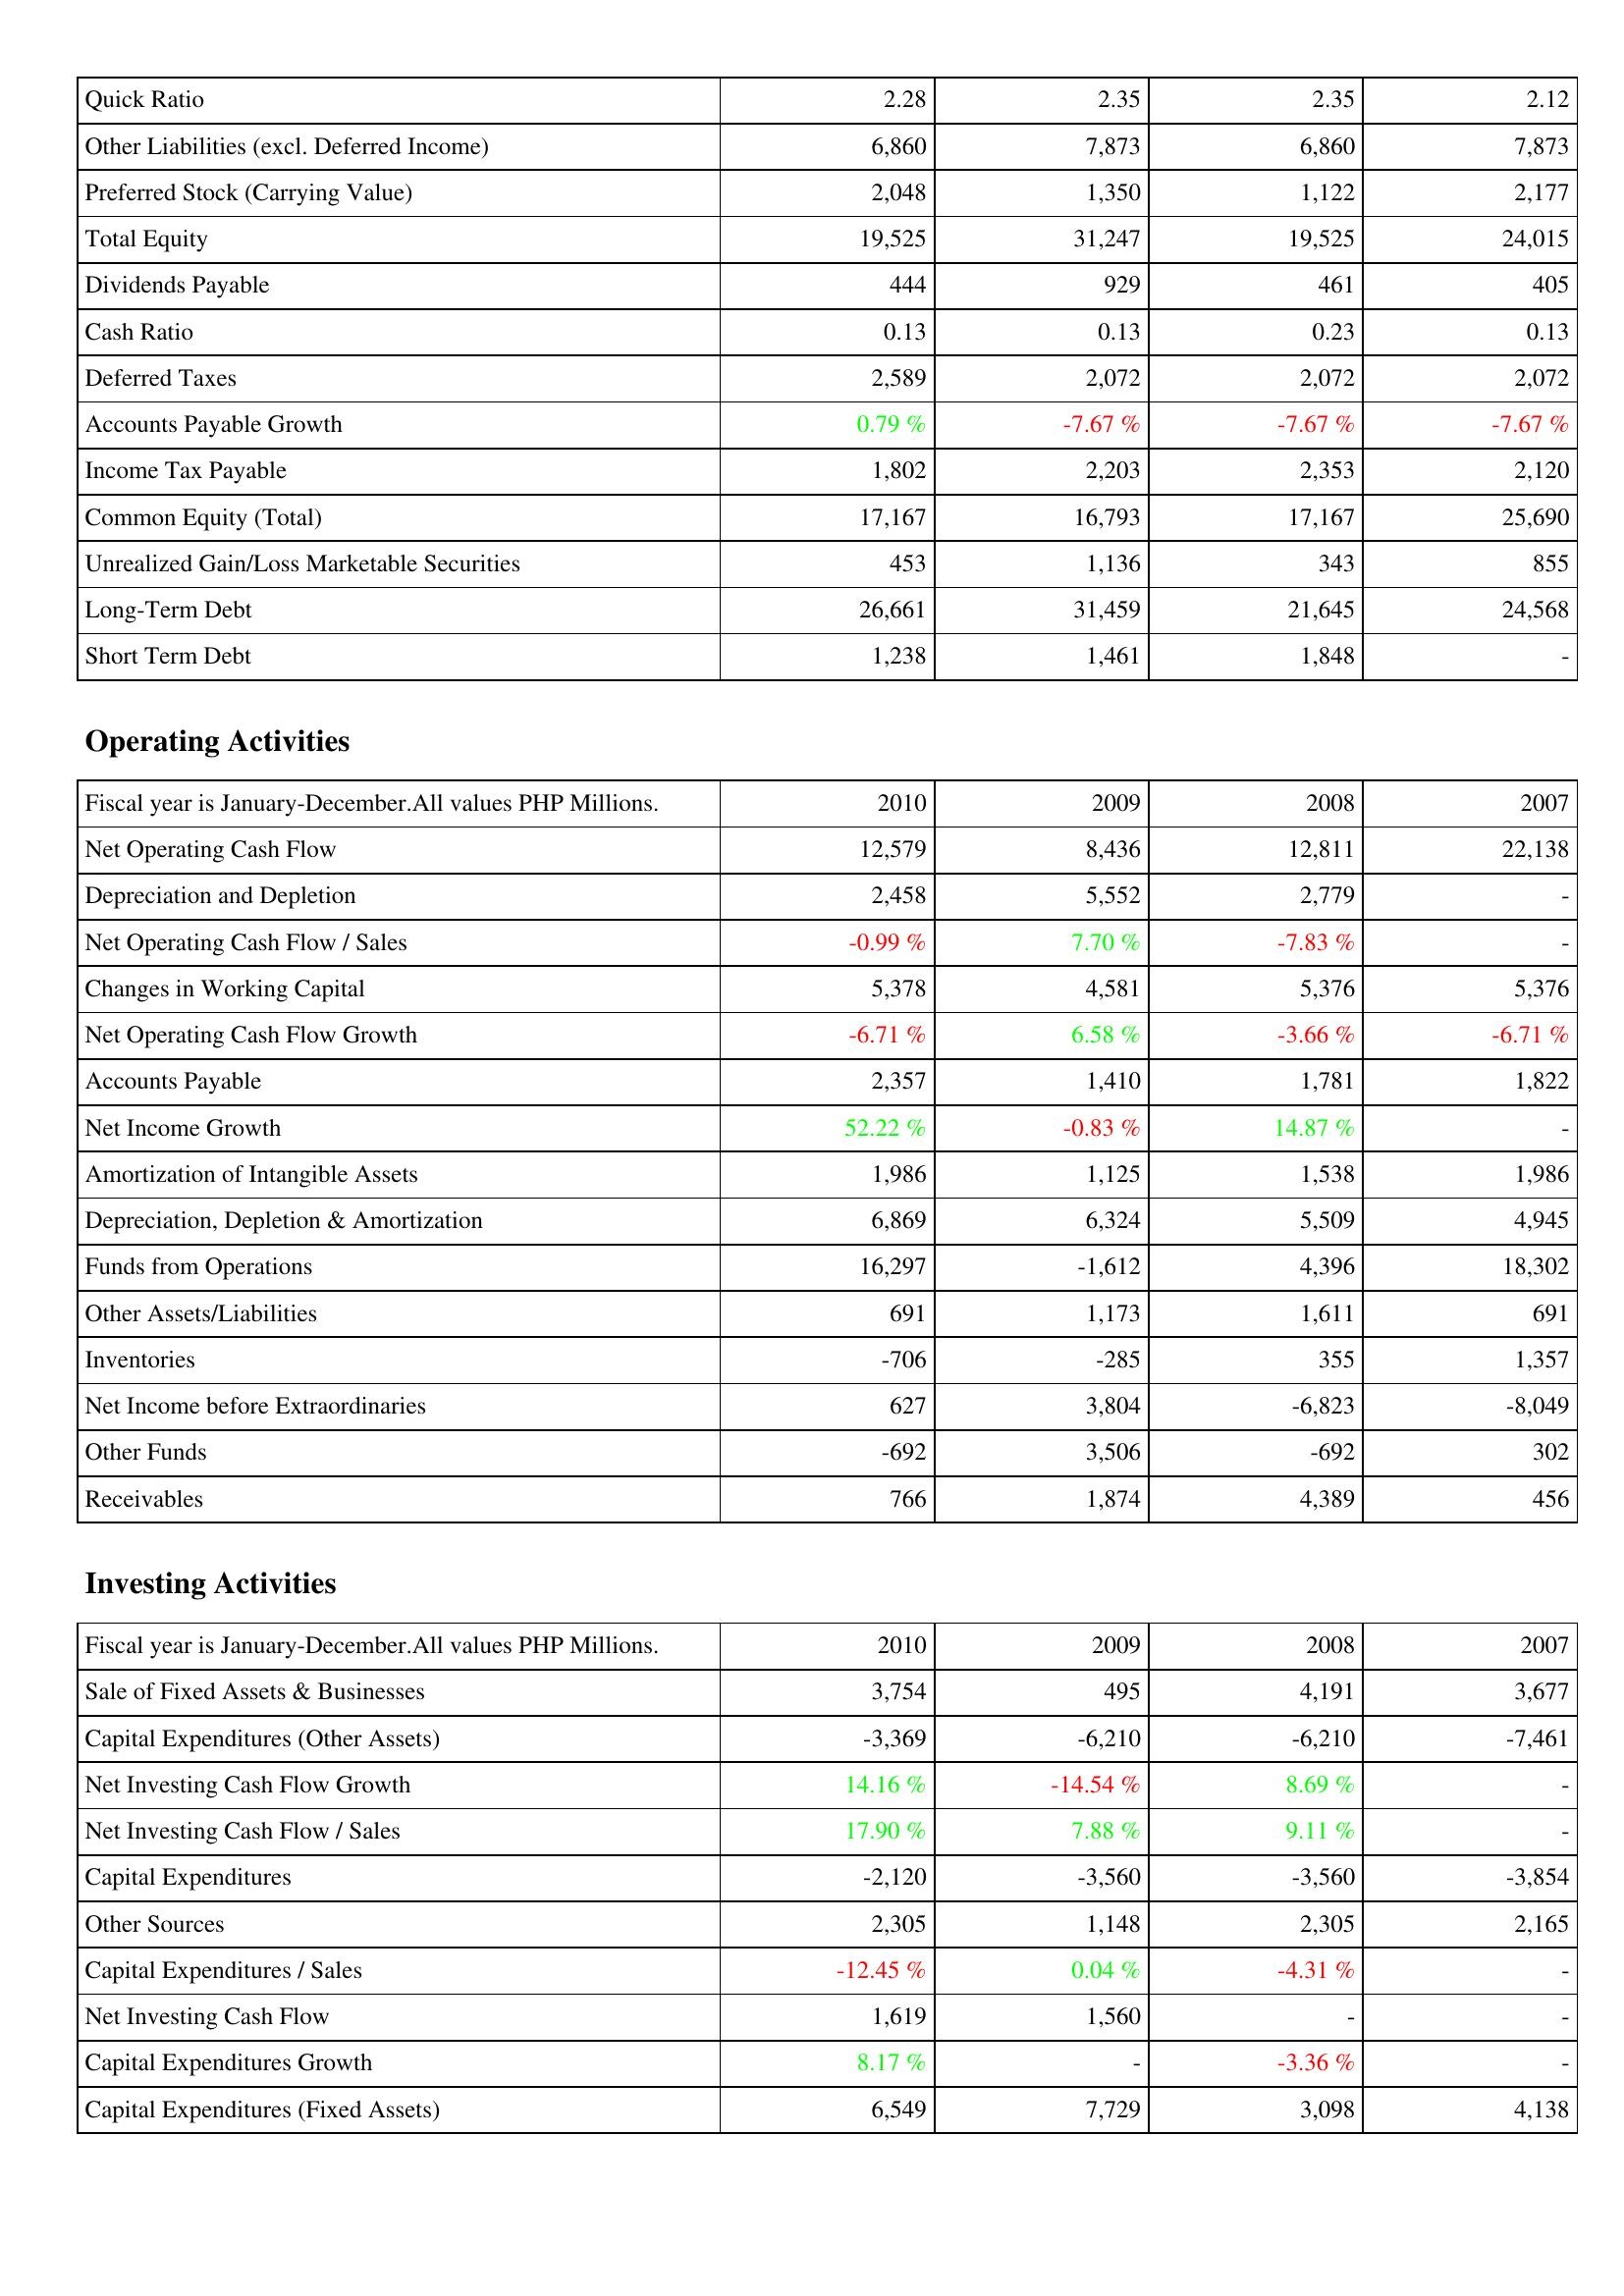
2010: Liabilities & Shareholders' Equity: Quick Ratio: 2.28
Other Liabilities (excl. Deferred Income): 6,860
Preferred Stock (Carrying Value): 2,048
Total Equity: 19,525
Dividends Payable: 444
Cash Ratio: 0.13
Deferred Taxes: 2,589
Accounts Payable Growth: 0.79 %
Income Tax Payable: 1,802
Common Equity (Total): 17,167
Unrealized Gain/Loss Marketable Securities: 453
Long-Term Debt: 26,661
Short Term Debt: 1,238
Operating Activities: Net Operating Cash Flow: 12,579
Depreciation and Depletion: 2,458
Net Operating Cash Flow / Sales: -0.99 %
Changes in Working Capital: 5,378
Net Operating Cash Flow Growth: -6.71 %
Accounts Payable: 2,357
Net Income Growth: 52.22 %
Amortization of Intangible Assets: 1,986
Depreciation, Depletion & Amortization: 6,869
Funds from Operations: 16,297
Other Assets/Liabilities: 691
Inventories: -706
Net Income before Extraordinaries: 627
Other Funds: -692
Receivables: 766
Investing Activities: Sale of Fixed Assets & Businesses: 3,754
Capital Expenditures (Other Assets): -3,369
Net Investing Cash Flow Growth: 14.16 %
Net Investing Cash Flow / Sales: 17.90 %
Capital Expenditures: -2,120
Other Sources: 2,305
Capital Expenditures / Sales: -12.45 %
Net Investing Cash Flow: 1,619
Capital Expenditures Growth: 8.17 %
Capital Expenditures (Fixed Assets): 6,549
2009: Liabilities & Shareholders' Equity: Quick Ratio: 2.35
Other Liabilities (excl. Deferred Income): 7,873
Preferred Stock (Carrying Value): 1,350
Total Equity: 31,247
Dividends Payable: 929
Cash Ratio: 0.13
Deferred Taxes: 2,072
Accounts Payable Growth: -7.67 %
Income Tax Payable: 2,203
Common Equity (Total): 16,793
Unrealized Gain/Loss Marketable Securities: 1,136
Long-Term Debt: 31,459
Short Term Debt: 1,461
Operating Activities: Net Operating Cash Flow: 8,436
Depreciation and Depletion: 5,552
Net Operating Cash Flow / Sales: 7.70 %
Changes in Working Capital: 4,581
Net Operating Cash Flow Growth: 6.58 %
Accounts Payable: 1,410
Net Income Growth: -0.83 %
Amortization of Intangible Assets: 1,125
Depreciation, Depletion & Amortization: 6,324
Funds from Operations: -1,612
Other Assets/Liabilities: 1,173
Inventories: -285
Net Income before Extraordinaries: 3,804
Other Funds: 3,506
Receivables: 1,874
Investing Activities: Sale of Fixed Assets & Businesses: 495
Capital Expenditures (Other Assets): -6,210
Net Investing Cash Flow Growth: -14.54 %
Net Investing Cash Flow / Sales: 7.88 %
Capital Expenditures: -3,560
Other Sources: 1,148
Capital Expenditures / Sales: 0.04 %
Net Investing Cash Flow: 1,560
Capital Expenditures Growth: -
Capital Expenditures (Fixed Assets): 7,729
2008: Liabilities & Shareholders' Equity: Quick Ratio: 2.35
Other Liabilities (excl. Deferred Income): 6,860
Preferred Stock (Carrying Value): 1,122
Total Equity: 19,525
Dividends Payable: 461
Cash Ratio: 0.23
Deferred Taxes: 2,072
Accounts Payable Growth: -7.67 %
Income Tax Payable: 2,353
Common Equity (Total): 17,167
Unrealized Gain/Loss Marketable Securities: 343
Long-Term Debt: 21,645
Short Term Debt: 1,848
Operating Activities: Net Operating Cash Flow: 12,811
Depreciation and Depletion: 2,779
Net Operating Cash Flow / Sales: -7.83 %
Changes in Working Capital: 5,376
Net Operating Cash Flow Growth: -3.66 %
Accounts Payable: 1,781
Net Income Growth: 14.87 %
Amortization of Intangible Assets: 1,538
Depreciation, Depletion & Amortization: 5,509
Funds from Operations: 4,396
Other Assets/Liabilities: 1,611
Inventories: 355
Net Income before Extraordinaries: -6,823
Other Funds: -692
Receivables: 4,389
Investing Activities: Sale of Fixed Assets & Businesses: 4,191
Capital Expenditures (Other Assets): -6,210
Net Investing Cash Flow Growth: 8.69 %
Net Investing Cash Flow / Sales: 9.11 %
Capital Expenditures: -3,560
Other Sources: 2,305
Capital Expenditures / Sales: -4.31 %
Net Investing Cash Flow: -
Capital Expenditures Growth: -3.36 %
Capital Expenditures (Fixed Assets): 3,098
2007: Liabilities & Shareholders' Equity: Quick Ratio: 2.12
Other Liabilities (excl. Deferred Income): 7,873
Preferred Stock (Carrying Value): 2,177
Total Equity: 24,015
Dividends Payable: 405
Cash Ratio: 0.13
Deferred Taxes: 2,072
Accounts Payable Growth: -7.67 %
Income Tax Payable: 2,120
Common Equity (Total): 25,690
Unrealized Gain/Loss Marketable Securities: 855
Long-Term Debt: 24,568
Short Term Debt: -
Operating Activities: Net Operating Cash Flow: 22,138
Depreciation and Depletion: -
Net Operating Cash Flow / Sales: -
Changes in Working Capital: 5,376
Net Operating Cash Flow Growth: -6.71 %
Accounts Payable: 1,822
Net Income Growth: -
Amortization of Intangible Assets: 1,986
Depreciation, Depletion & Amortization: 4,945
Funds from Operations: 18,302
Other Assets/Liabilities: 691
Inventories: 1,357
Net Income before Extraordinaries: -8,049
Other Funds: 302
Receivables: 456
Investing Activities: Sale of Fixed Assets & Businesses: 3,677
Capital Expenditures (Other Assets): -7,461
Net Investing Cash Flow Growth: -
Net Investing Cash Flow / Sales: -
Capital Expenditures: -3,854
Other Sources: 2,165
Capital Expenditures / Sales: -
Net Investing Cash Flow: -
Capital Expenditures Growth: -
Capital Expenditures (Fixed Assets): 4,138